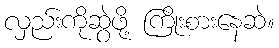
လှည်းကိုဆွဲဖို့ ကြိုးစားနေဆဲ။